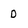
Character: D